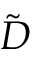
\tilde { D }